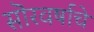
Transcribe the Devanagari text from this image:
सॊरवर्षाचे